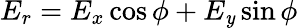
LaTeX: E_{r}=E_{x}\cos\phi+E_{\mathit{y}}\sin\phi